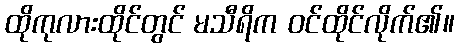
ထိုကုလားထိုင်တွင် မသီရိက ဝင်ထိုင်လိုက်၏။